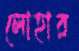
লোহার